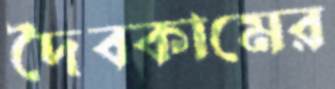
দৈবকামের